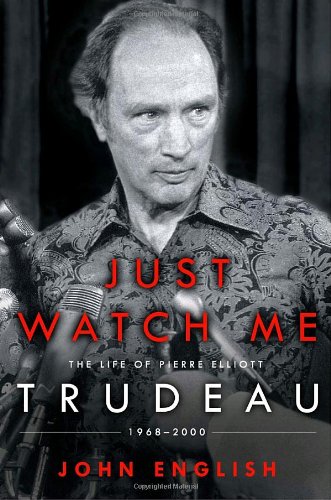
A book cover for Just Watch Me: The Life of Pierre Elliott Trudeau: 1968-2000; John English; Biographies & Memoirs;